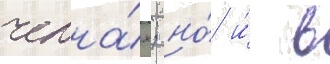
челна́х; но́ и́ в